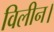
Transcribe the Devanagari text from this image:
विलीन।